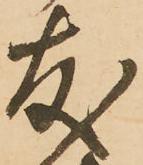
友